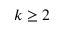
k \geq 2